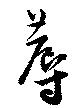
蓐